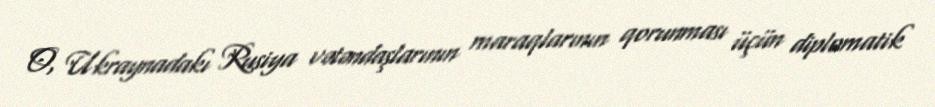
O, Ukraynadakı Rusiya vətəndaşlarının maraqlarının qorunması üçün diplomatik